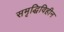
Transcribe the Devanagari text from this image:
समृद्धिविहीन